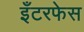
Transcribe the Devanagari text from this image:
इँटरफेस